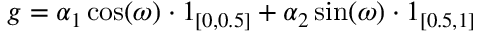
g = \alpha _ { 1 } \cos ( \omega ) \cdot 1 _ { [ 0 , 0 . 5 ] } + \alpha _ { 2 } \sin ( \omega ) \cdot 1 _ { [ 0 . 5 , 1 ] }